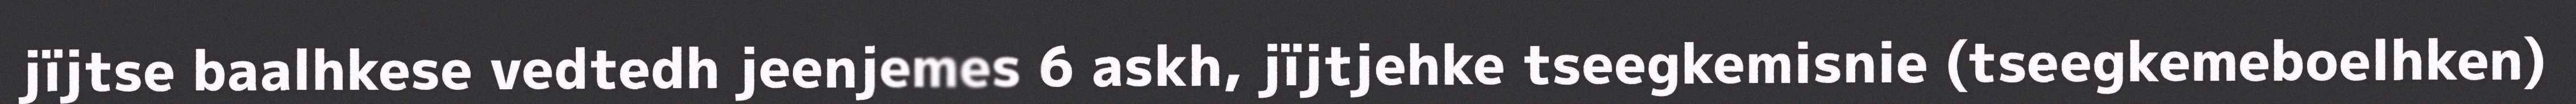
jïjtse baalhkese vedtedh jeenjemes 6 askh, jïjtjehke tseegkemisnie (tseegkemeboelhken)